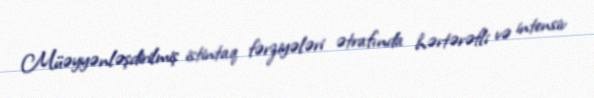
Müəyyənləşdirilmiş istintaq fərziyələri ətrafında hərtərəfli və intensiv